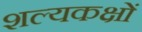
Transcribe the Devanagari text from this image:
शल्यकक्षों